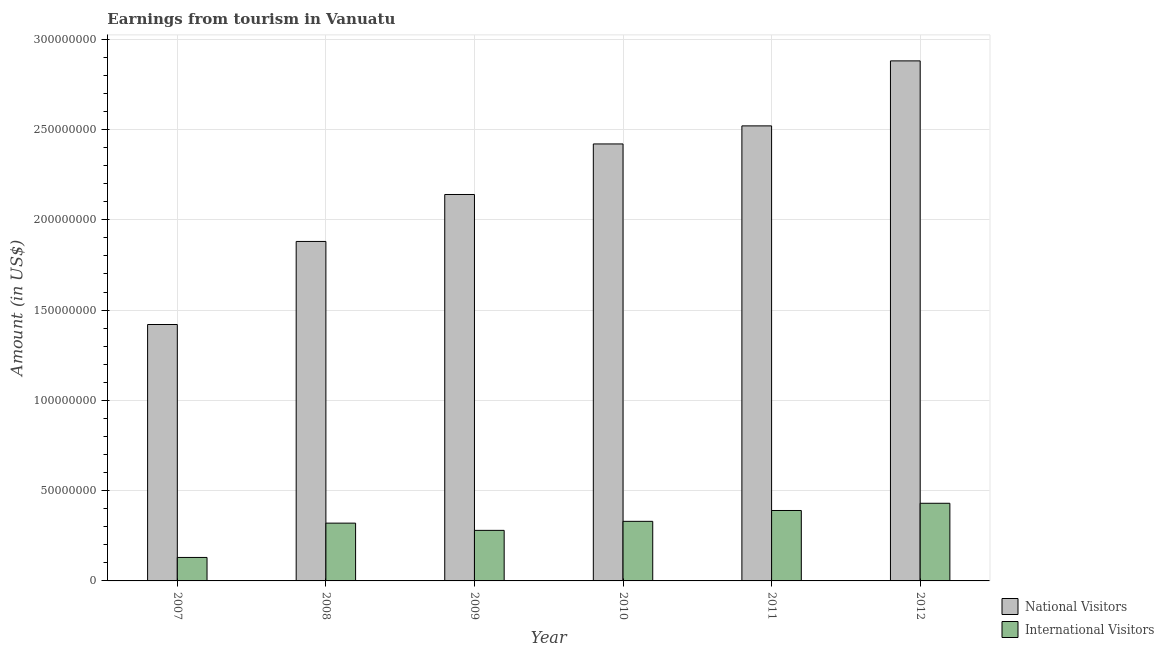
| Year | National Visitors | International Visitors |
 | --- | --- | --- |
 | 2007 | 1.42e+08 | 1.3e+07 |
 | 2008 | 1.88e+08 | 3.2e+07 |
 | 2009 | 2.14e+08 | 2.8e+07 |
 | 2010 | 2.42e+08 | 3.3e+07 |
 | 2011 | 2.52e+08 | 3.9e+07 |
 | 2012 | 2.88e+08 | 4.3e+07 |